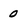
Character: 0